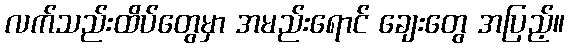
လက်သည်းထိပ်တွေမှာ အမည်းရောင် ချေးတွေ အပြည့်။